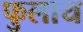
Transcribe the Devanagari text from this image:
फुलाय